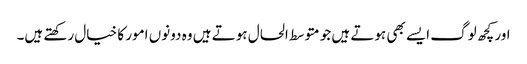
اور کچھ لوگ ایسے بھی ہوتے ہیں جو متوسط الحال ہوتے ہیں وہ دونوں امور کا خیال رکھتے ہیں۔